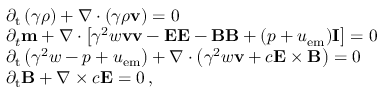
\begin{array} { r l } & { \partial _ { \mathrm { t } } \left( \gamma \rho \right) + \nabla \cdot \left( \gamma \rho \mathbf { v } \right) = 0 } \\ & { \partial _ { t } \mathbf { m } + \nabla \cdot \left[ \gamma ^ { 2 } w \mathbf { v } \mathbf { v } - \mathbf { E } \mathbf { E } - \mathbf { B } \mathbf { B } + ( p + u _ { \mathrm { e m } } ) \mathbf { I } \right] = 0 } \\ & { \partial _ { \mathrm { t } } \left( \gamma ^ { 2 } w - p + u _ { \mathrm { e m } } \right) + \nabla \cdot \left( \gamma ^ { 2 } w \mathbf { v } + c \mathbf { E } \times \mathbf { B } \right) = 0 } \\ & { \partial _ { \mathrm { t } } \mathbf { B } + \nabla \times c \mathbf { E } = 0 \, , } \end{array}